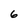
Character: 6